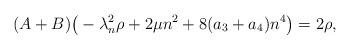
LaTeX: \begin{align*}(A + B) \big(-\lambda_n^2 \rho + 2\mu n^2 + 8(a_3 + a_4) n^4\big) = 2\rho, \end{align*}